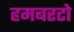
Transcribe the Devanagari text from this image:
हमबरटो